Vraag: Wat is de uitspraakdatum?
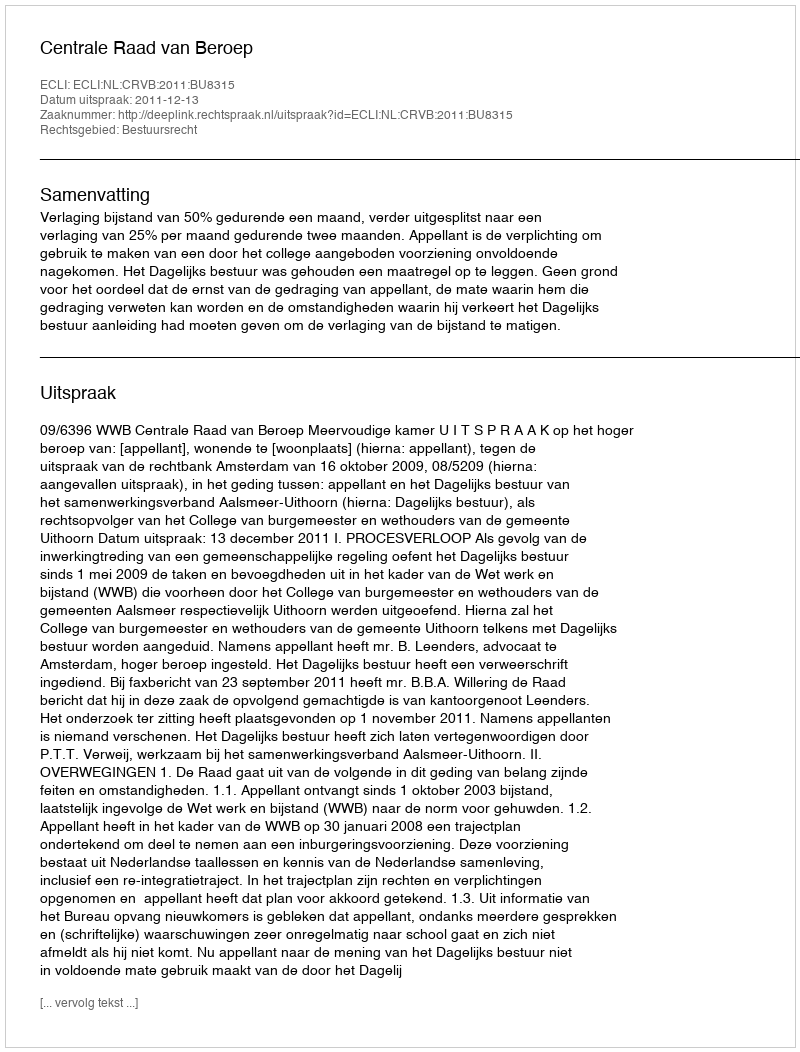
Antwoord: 2011-12-13